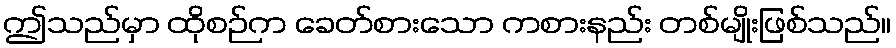
ဤသည်မှာ ထိုစဉ်က ခေတ်စားသော ကစားနည်း တစ်မျိုးဖြစ်သည်။